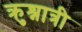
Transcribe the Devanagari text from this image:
क्रुश्नात्री